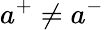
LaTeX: a^{+}\neq a^{-}